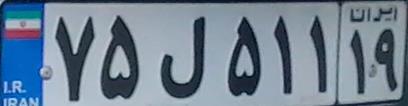
۷۵ل۵۱۱۱۹